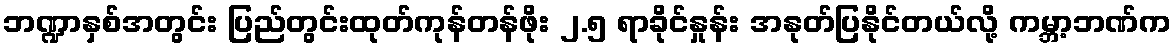
ဘဏ္ဍာနှစ်အတွင်း ပြည်တွင်းထုတ်ကုန်တန်ဖိုး ၂.၅ ရာခိုင်နှုန်း အနုတ်ပြနိုင်တယ်လို့ ကမ္ဘာ့ဘဏ်က